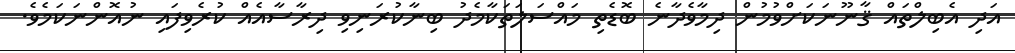
އަދި އެބިލްތައް ޤާނޫނަކަށްވުމުން ދިމާވެދާނެ ބޮޑެތި މައްސަލަތަކާމެދު ބިނާކުރަނިވި ދިރާސާއެއް ކުރެވިފައި ނުއޮންނަކަމެވެ.